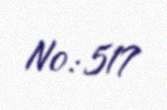
№: 517